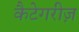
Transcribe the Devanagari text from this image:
कैटेगरीज़